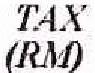
TAX(RM)